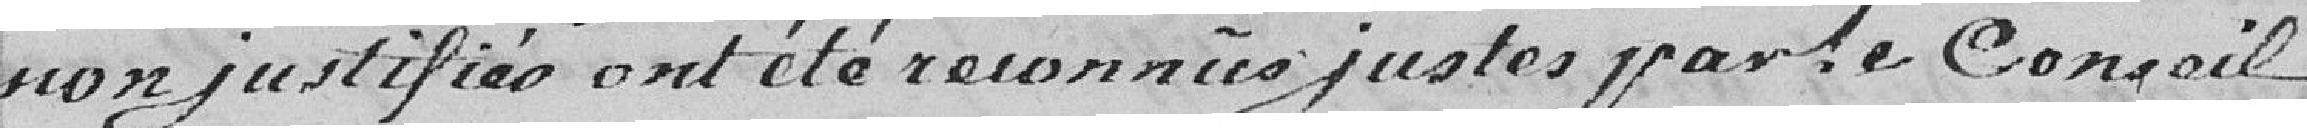
non justifiés ont été reconnus justes par le Conseil